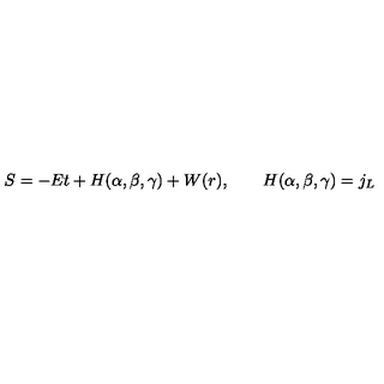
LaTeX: S = - E t + H ( \alpha , \beta , \gamma ) + W ( r ) , \qquad H ( \alpha , \beta , \gamma ) = j _ { L }